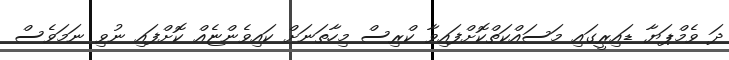
ދަ ވެމްޕަޔާ ޑައިރީގައި މަސައްކަތްކޮށްފައިވާ ކްރިސް މިހާތަނަށް ކައިވެންޏެއް ކޮށްފައި ނުވި ނަމަވެސް